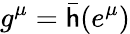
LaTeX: g^{\mu}={\bar{\mathsf{h}}}(e^{\mu})